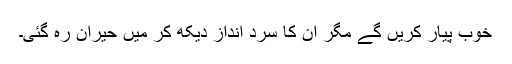
خوب پیار کریں گے مگر ان کا سرد انداز دیکھ کر میں حیران رہ گئی۔